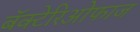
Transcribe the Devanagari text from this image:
बॅक्टेरिओफाज